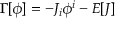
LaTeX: \Gamma [ \phi ] = - J _ { i } \phi ^ { i } - E [ J ]